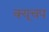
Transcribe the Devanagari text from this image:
क्यूचप